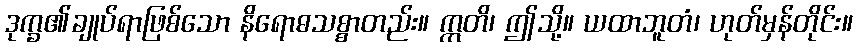
ဒုက္ခ၏ချုပ်ရာဖြစ်သော နိရောဓသစ္စာတည်း။ ဣတိ၊ ဤသို့။ ယထာဘူတံ၊ ဟုတ်မှန်တိုင်း။